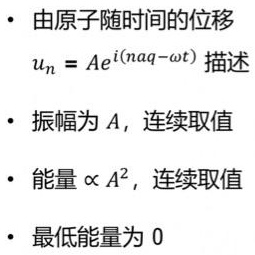
- 由原子随时间的位移
$u_{n}=Ae^{i(n aq - \omega t)}$ 描述
- 振幅为 $A$，连续取值
- 能量 $\propto A^{2}$，连续取值
- 最低能量为 0